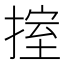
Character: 𢯶